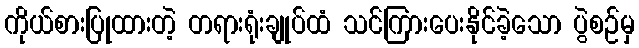
ကိုယ်စားပြုထားတဲ့ တရားရုံးချုပ်ထံ သင်ကြားပေးနိုင်ခဲ့သော ပွဲစဉ်မှ